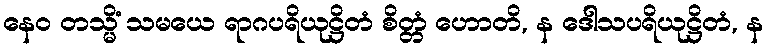
နေဝ တသ္မိံ သမယေ ရာဂပရိယုဋ္ဌိတံ စိတ္တံ ဟောတိ, န ဒေါသပရိယုဋ္ဌိတံ, န